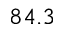
8 4 . 3